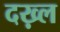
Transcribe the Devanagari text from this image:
दख़्ल